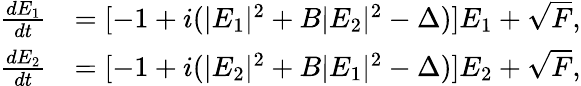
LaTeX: \begin{array}{rl}{\frac{dE_{1}}{dt}}&{=[-1+i(\vert E_{1}\vert^{2}+B\vert E_{2}\vert^{2}-\Delta)]E_{1}+\sqrt{F},}\\ {\frac{dE_{2}}{dt}}&{=[-1+i(\vert E_{2}\vert^{2}+B\vert E_{1}\vert^{2}-\Delta)]E_{2}+\sqrt{F},}\end{array}